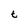
Character: t